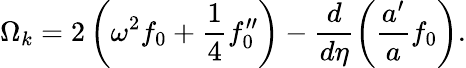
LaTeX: \Omega_{{k}}=2\left(\omega^{2}f_{0}+\frac{1}{4}f_{0}^{\prime\prime}\right)-\frac{d}{d\eta}\bigg(\frac{a^{\prime}}{a}f_{0}\bigg).